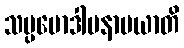
သမ္ပမောဒါမနာမယာတိ